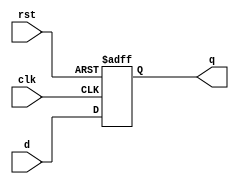
`default_nettype none
`timescale 1ns / 1ps

module ff_ar #(
    parameter W=1,
    parameter RESET_VAL=0
)(
    input wire clk,
    input wire rst,
    input wire [W-1:0] d,
    output reg [W-1:0] q
);

    always @(posedge clk, posedge rst) begin
        if (rst) q <= RESET_VAL;
        else     q <= d;
    end

endmodule